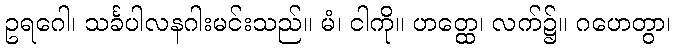
ဥရဂေါ၊ သင်္ခပါလနဂါးမင်းသည်။ မံ၊ ငါကို။ ဟတ္ထေ၊ လက်၌။ ဂဟေတွာ၊